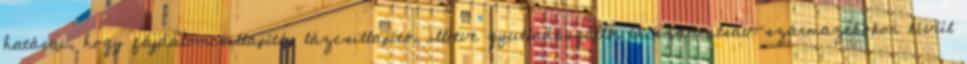
hatásai, hogy fájdalomcsillapító, lázcsillapító, illetve gyulladásgátló. A szalicilsav-származékokon kívül